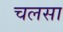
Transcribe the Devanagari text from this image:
चलसा